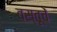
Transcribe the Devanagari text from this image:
वस्तूचें